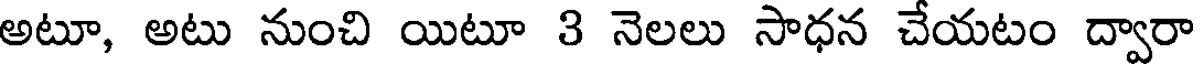
అటూ, అటు నుంచి యిటూ 3 నెలలు సాధన చేయటం ద్వారా